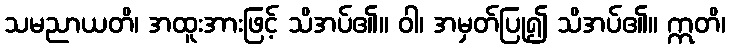
သမညာယတိ၊ အထူးအားဖြင့် သိအပ်၏။ ဝါ၊ အမှတ်ပြု၍ သိအပ်၏။ ဣတိ၊